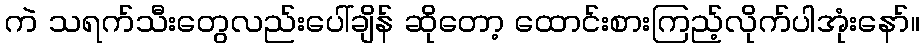
ကဲ သရက်သီးတွေလည်းပေါ်ချိန် ဆိုတော့ ထောင်းစားကြည့်လိုက်ပါအုံးနော်။